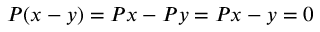
P ( x - y ) = P x - P y = P x - y = 0